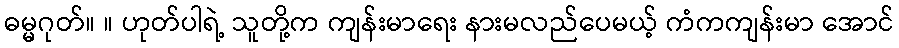
ဓမ္မဂုတ်။ ။ ဟုတ်ပါရဲ့ သူတို့က ကျန်းမာရေး နားမလည်ပေမယ့် ကံကကျန်းမာ အောင်